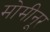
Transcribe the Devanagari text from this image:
मोमीनूर